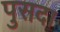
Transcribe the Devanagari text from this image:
पुसदा